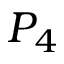
P _ { 4 }